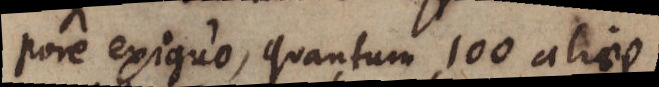
pore exiguo, quantum 100 aliae